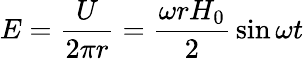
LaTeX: E={\frac{U}{2\pi r}}={\frac{\omega rH_{0}}{2}}\sin\omega t